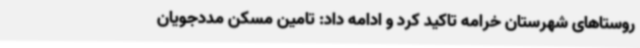
روستاهای شهرستان خرامه تاکید کرد و ادامه داد: تامین مسکن مددجویان